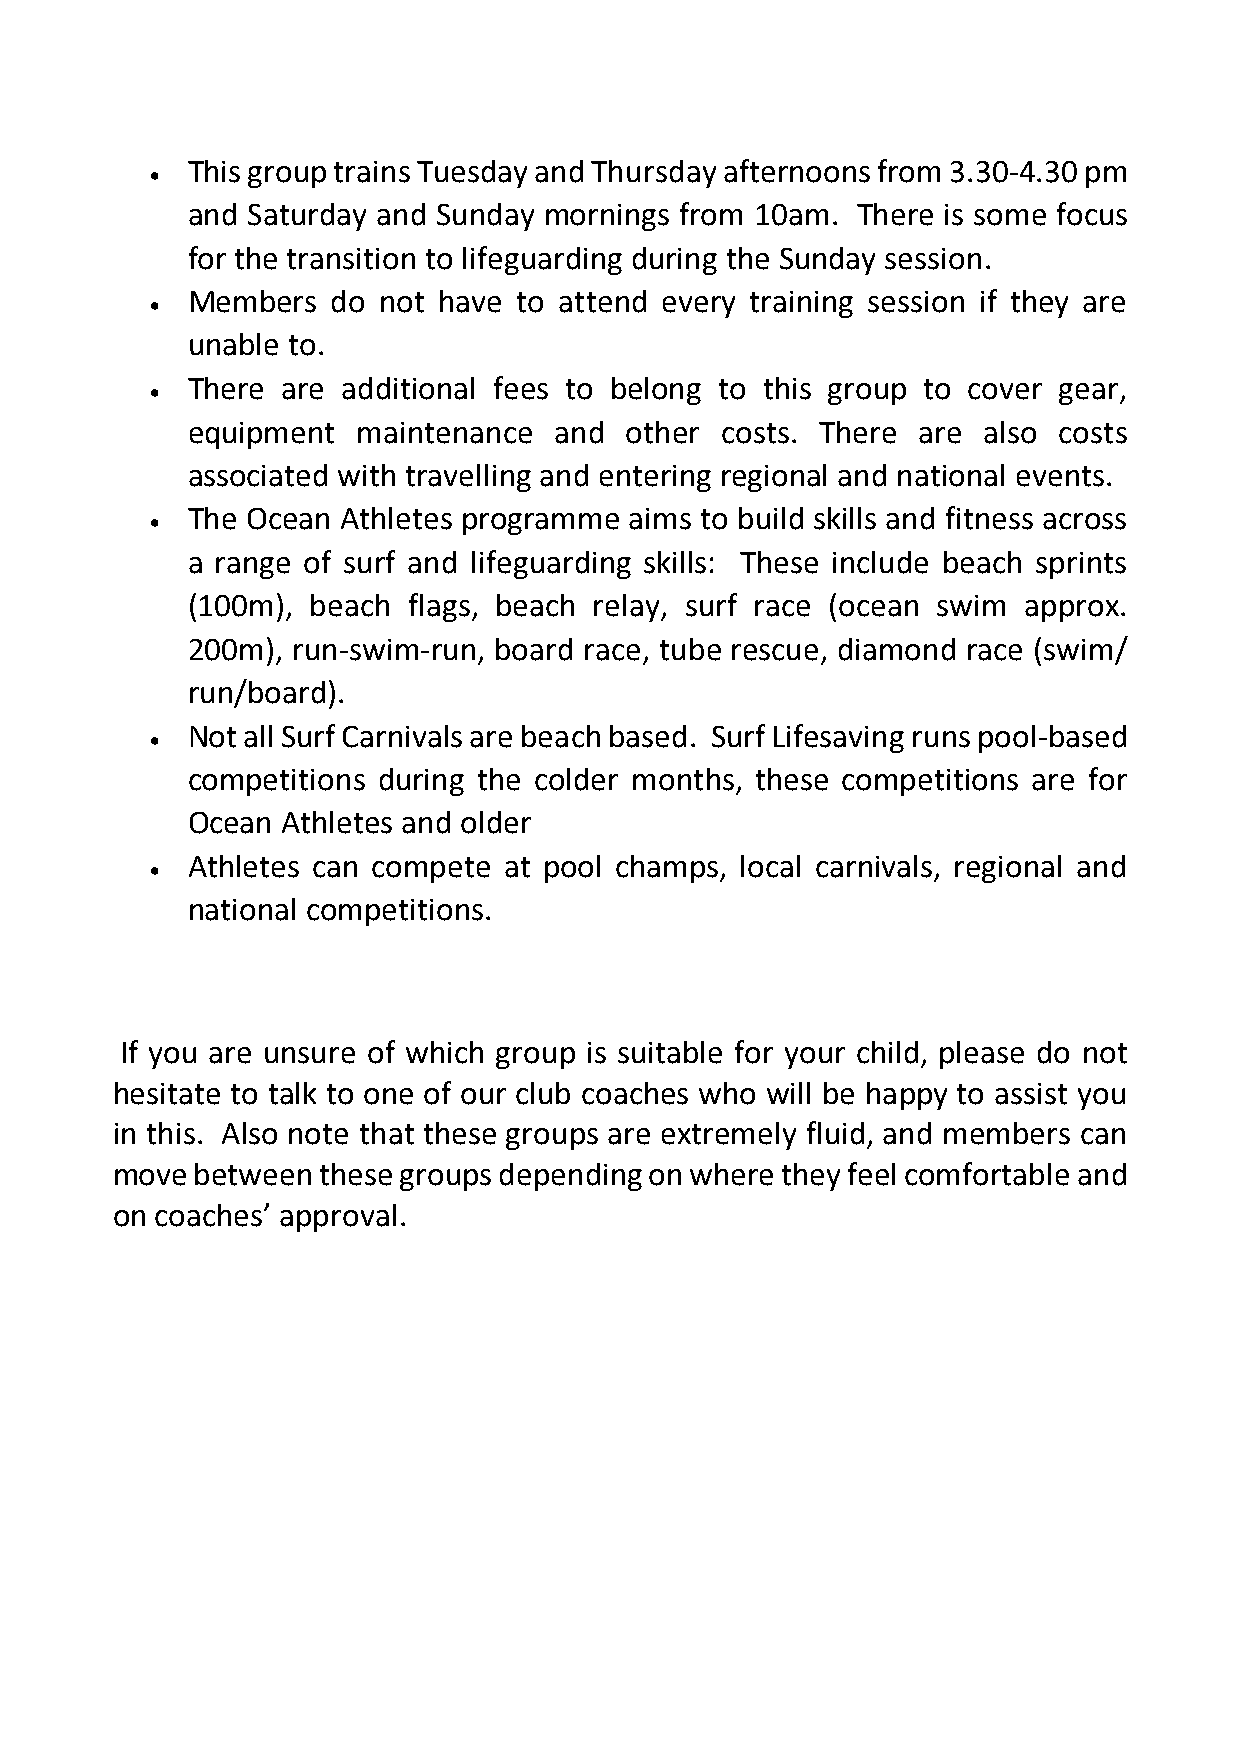
This group trains Tuesday and Thursday afternoons from 3.30-4.30 pm
 •
 and Saturday and Sunday mornings from 10am.  There is some focus
 for the transition to lifeguarding during the Sunday session.
 Members   do not have to attend every training session if they are
 •
 unable to.
 There  are additional fees to belong to this group to cover gear,
 •
 equipment   maintenance  and other  costs. There are also costs
 associated with travelling and entering regional and national events.
 The Ocean  Athletes programme aims to build skills and fitness across
 •
 a range of surf and lifeguarding skills: These include beach sprints
 (100m), beach  flags, beach relay, surf race (ocean swim approx.
 200m), run-swim-run, board race, tube rescue, diamond race (swim/
 run/board).
 Not all Surf Carnivals are beach based. Surf Lifesaving runs pool-based
 •
 competitions during the colder months, these competitions are for
 Ocean  Athletes and older
 Athletes can compete at pool champs, local carnivals, regional and
 •
 national competitions.
 If you are unsure of which group is suitable for your child, please do not
 hesitate to talk to one of our club coaches who will be happy to assist you
 in this. Also note that these groups are extremely fluid, and members can
 move  between these groups depending on where they feel comfortable and
 on coaches’ approval.